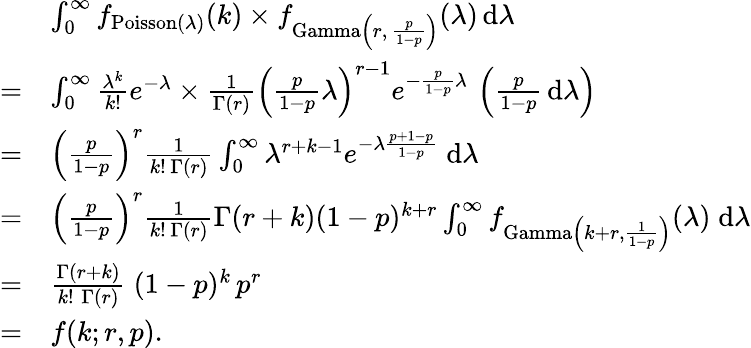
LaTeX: {\begin{array}{rl}&{\int_{0}^{\infty}f_{\operatorname{Poisson}(\lambda)}(k)\times f_{\operatorname{Gamma}\left(r,\, {\frac{p}{1-p}}\right)}(\lambda)\, \mathrm{d}\lambda}\\ {=}&{\int_{0}^{\infty}{\frac{\lambda^{k}}{k!}}e^{-\lambda}\times{\frac{1}{\Gamma(r)}}\left({\frac{p}{1-p}}\lambda\right)^{r-1}e^{-{\frac{p}{1-p}}\lambda}\, \left({\frac{p}{1-p}}\, \mathrm{d}\lambda\right)}\\ {=}&{\left({\frac{p}{1-p}}\right)^{r}{\frac{1}{k!\, \Gamma(r)}}\int_{0}^{\infty}\lambda^{r+k-1}e^{-\lambda{\frac{p+1-p}{1-p}}}\; \mathrm{d}\lambda}\\ {=}&{\left({\frac{p}{1-p}}\right)^{r}{\frac{1}{k!\, \Gamma(r)}}\Gamma(r+k)(1-p)^{k+r}\int_{0}^{\infty}f_{\operatorname{Gamma}\left(k+r,{\frac{1}{1-p}}\right)}(\lambda)\; \mathrm{d}\lambda}\\ {=}&{{\frac{\Gamma(r+k)}{k!\; \Gamma(r)}}\; (1-p)^{k}\, p^{r}}\\ {=}&{f(k;r,p).}\end{array}}